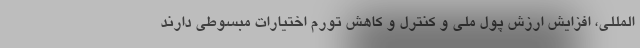
المللی، افزایش ارزش پول ملی و کنترل و کاهش تورم اختیارات مبسوطی دارند